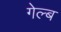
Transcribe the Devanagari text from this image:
गेल्ब